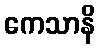
ကေသာနိ